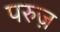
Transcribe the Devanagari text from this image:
परुज़